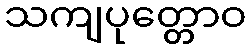
သကျပုတ္တောဝ